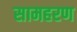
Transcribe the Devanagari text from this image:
सामहरण